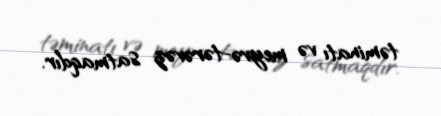
təminatı və meyvə-tərəvəz satmaqdır.